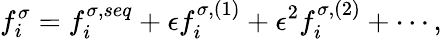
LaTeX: f_{i}^{\sigma}=f_{i}^{\sigma,seq}+\epsilon f_{i}^{\sigma,(1)}+\epsilon^{2}f_{i}^{\sigma,(2)}+\cdots,